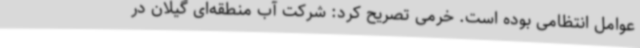
عوامل انتظامی بوده است. خرمی تصریح کرد: شرکت آب منطقه‌ای گیلان در